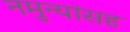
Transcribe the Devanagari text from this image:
नमुन्यांसह